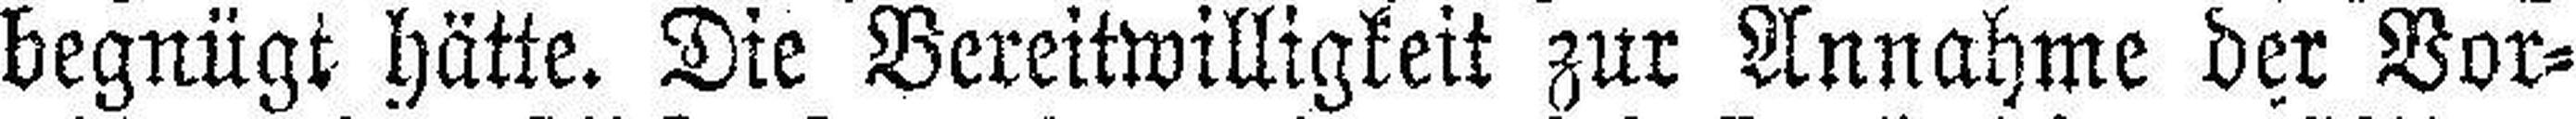
begnügt hätte. Die Bereitwilligkeit zur Annahme der Vor¬